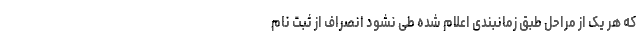
که هر یک از مراحل طبق زمانبندی اعلام شده طی نشود انصراف از ثبت نام